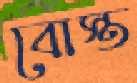
বোস্ত